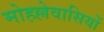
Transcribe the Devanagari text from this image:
मोहल्लेवासियों